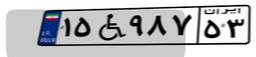
۰۰W۳۵۳۳۹